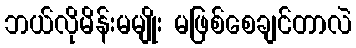
ဘယ်လိုမိန်းမမျိုး မဖြစ်စေချင်တာလဲ